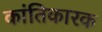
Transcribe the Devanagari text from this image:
कांतिकारक